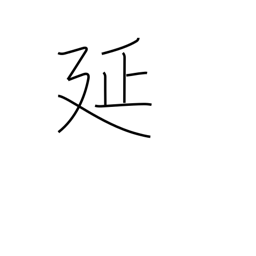
Meaning: stretching